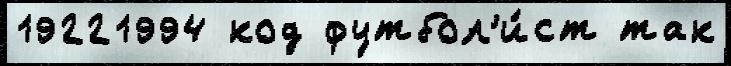
19221994 код футбол'и́ст так